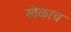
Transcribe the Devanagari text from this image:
खेळाच